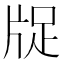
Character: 𤗁